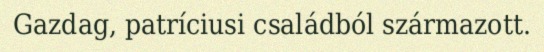
Gazdag, patríciusi családból származott.